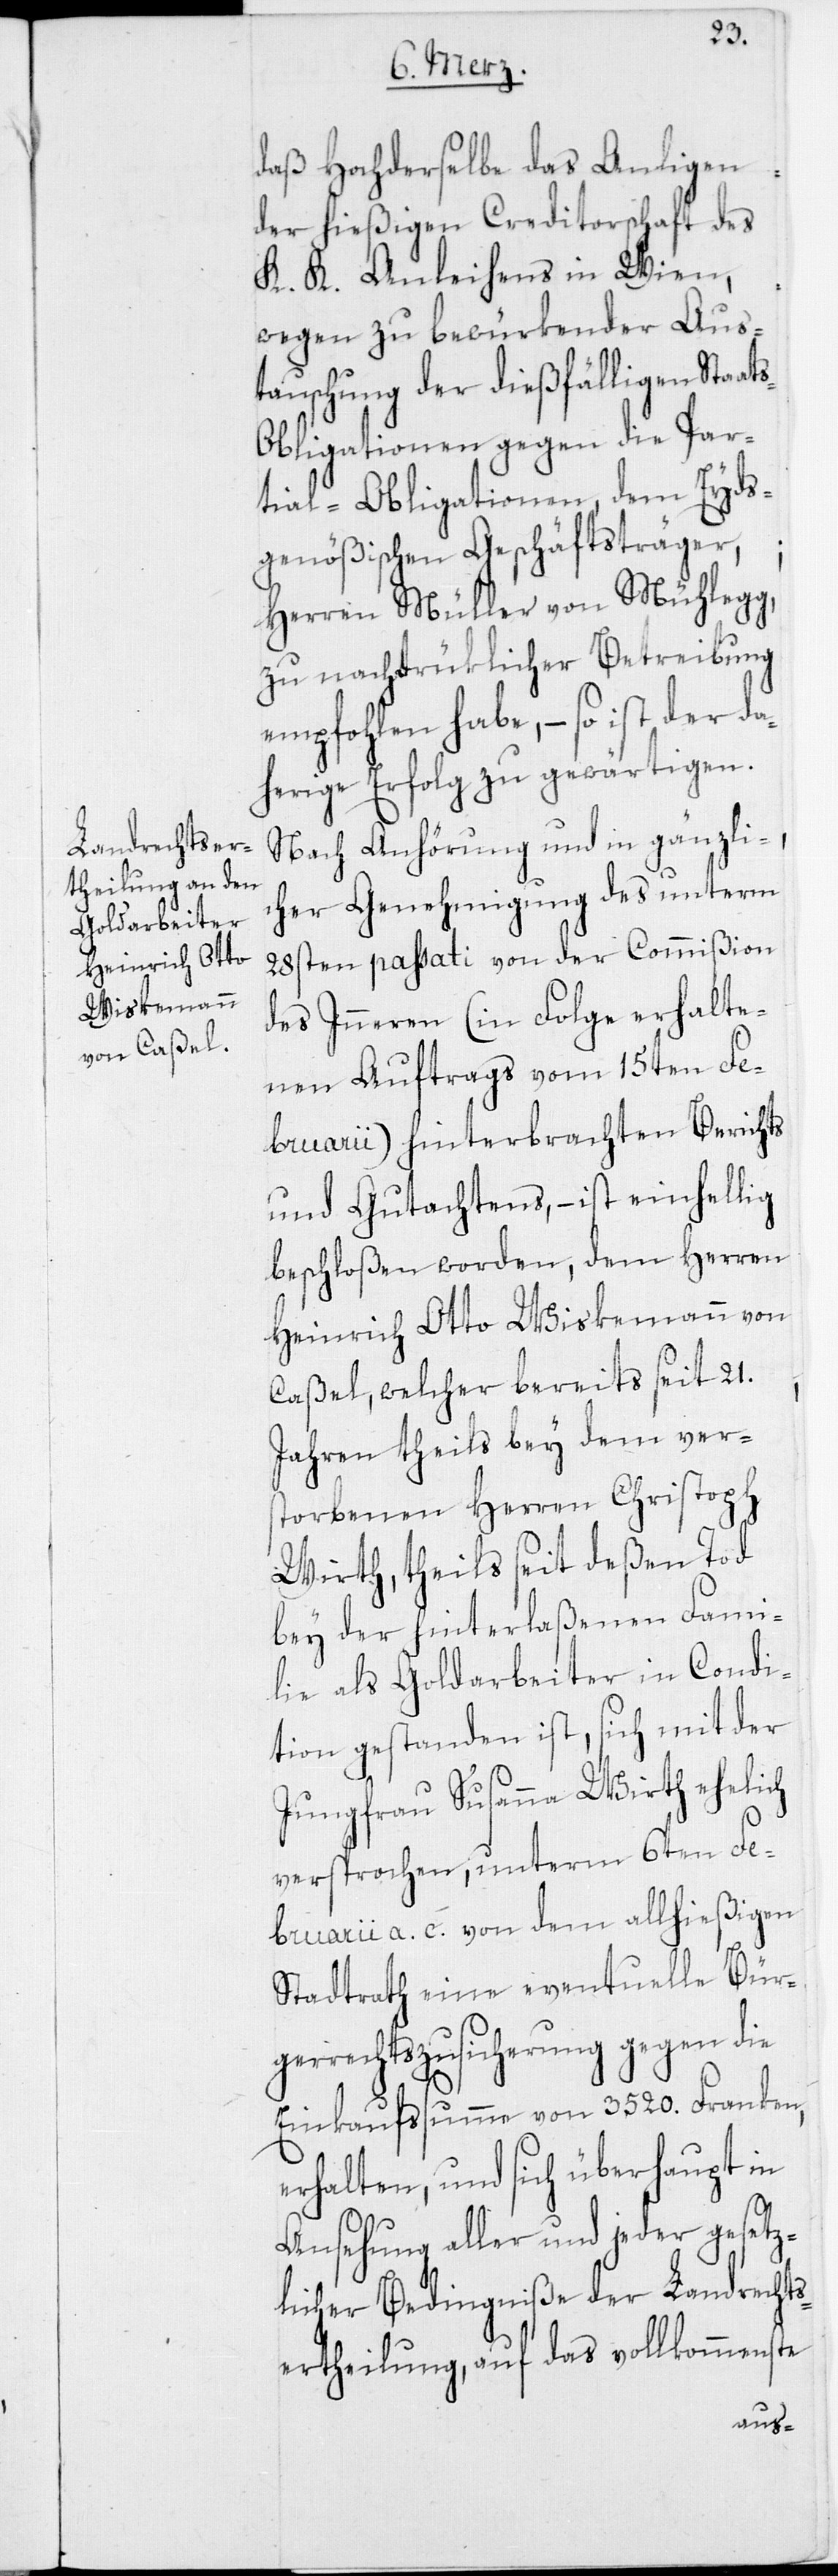
daß Hochderselbe das Anligen
der hießigen Creditorschaft des
K. K. Anleihens in Wien,
wegen zu bewürkender Aus¬
tauschung der dießfälligen Staat¬
s-Obligationen gegen die Par¬
tial-Obligationen, dem Eyds¬
genößischen Geschäftsträger,
Herren Müller von Mühlegg,
zu nachdrüklicher Betreibung
empfohlen habe, – so ist der
herige Erfolg zu gewärtigen.
Nach Anhörung und in gänzli¬
cher Genehmigung des unterm
28sten passati von der Commißion
des Inneren (in Folge erhalte¬
nen Auftrags vom 15ten Fe¬
bruarii) hinterbrachten Berichts
und Gutachtens, – ist einhellig
beschloßen worden, dem Herren
Heinrich Otto Wiskemann von
Caßel, welcher bereits seit 21.
Jahren theils bey dem ver¬
storbenen Herren Christoph
Wirth, theils seit deßen Tod
bey der hinterlaßenen Fami¬
lie als Goldarbeiter in Condi¬
tion gestanden ist, sich mit der
Jungfrau Susanna Wirth ehelich
versprochen, unterm 6ten Fe¬
bruarii a. c. von dem allhießigen
Stadtrath eine eventuelle Bür¬
gerrechtszusicherung gegen die
Einkaufßumme von 3520. Franken,
erhalten, und sich überhaupt in
Ansehung aller und jeder gesetz¬
licher Bedingniße der Landrechts¬
ertheilung, auf das vollkommenste
da¬